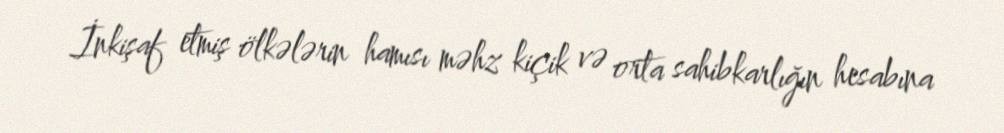
İnkişaf etmiş ölkələrin hamısı məhz kiçik və orta sahibkarlığın hesabına